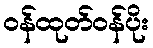
ဝန်ထုတ်ဝန်ပိုး